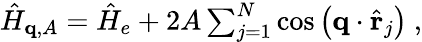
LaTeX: \begin{array}{r}{\hat{H}_{\mathbf{q},A}=\hat{H}_{e}+2A\sum_{j=1}^{N}\textnormal{cos}\left(\mathbf{q}\cdot\hat{\mathbf{r}}_{j}\right)\ ,}\end{array}